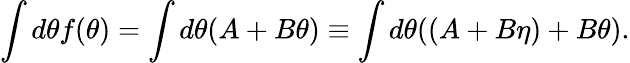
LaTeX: \int d\theta f(\theta)=\int d\theta(A+B\theta)\equiv\int d\theta((A+B\eta)+B\theta).